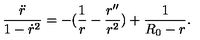
\frac { \ddot { r } } { 1 - \dot { r } ^ { 2 } } = - ( \frac { 1 } { r } - \frac { r ^ { \prime \prime } } { r ^ { 2 } } ) + \frac { 1 } { R _ { 0 } - r } .